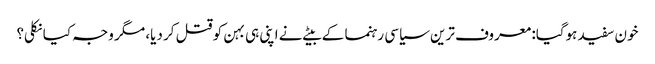
خون سفید ہوگیا: معروف ترین سیاسی رہنما کے بیٹے نے اپنی ہی بہن کو قتل کر دیا، مگر وجہ کیا نکلی؟